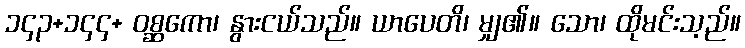
၁၄၃+၁၄၄+ ဝစ္ဆကော၊ နွားငယ်သည်။ ယာပေတိ၊ မျှ၏။ သော၊ ထိုမင်းသ့ည်။